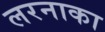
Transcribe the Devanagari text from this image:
लरनाका